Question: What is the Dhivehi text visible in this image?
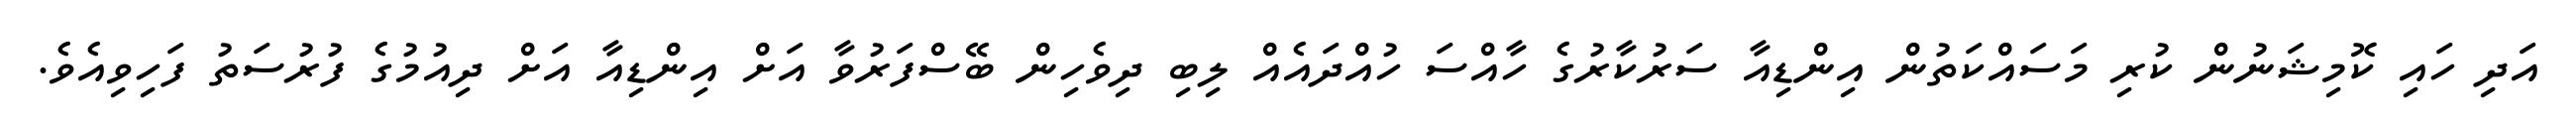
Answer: އަދި ހައި ކޮމިޝަނުން ކުރި މަސައްކަތުން އިންޑިއާ ސަރުކާރުގެ ހާއްސަ ހުއްދައެއް ލިބި ދިވެހިން ބޭސްފަރުވާ އަށް އިންޑިއާ އަށް ދިއުމުގެ ފުރުސަތު ފަހިވިއެވެ.